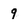
Character: 9